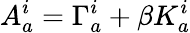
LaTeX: A_{a}^{i}=\Gamma_{a}^{i}+\beta K_{a}^{i}